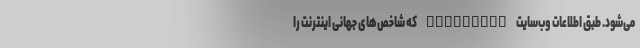
می‌شود. طبق اطلاعات وب‌سایت Speedtest که شاخص‌های جهانی اینترنت را